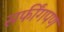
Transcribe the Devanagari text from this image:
सर्फींगपण